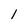
Character: l